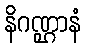
နိဂဏ္ဌာနံ